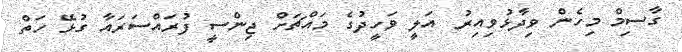
ގާސިމް މިހެން ވިދާޅުވިއިރު